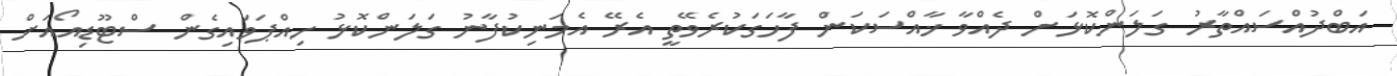
އަބްދުއްސައްތާރު ގަލަންކޮޅަށް ދެއްވާ ޚާއްސަކަން ފާހަގަކުރެވޭތީ އެރޭ އެމަނިކުފާނު ގަލަންކޮޅު ހިއްޕަވައިގެން ސްޓޫޑިއޯއަށް